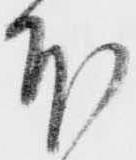
本